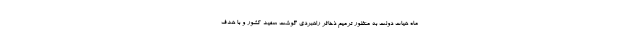
ماه هیات دولت به منظور ترمیم ذخائر راهبردی گوشت سفید کشور و با هدف